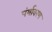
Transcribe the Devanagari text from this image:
पंर्यावरण